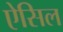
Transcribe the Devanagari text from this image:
ऐसिल